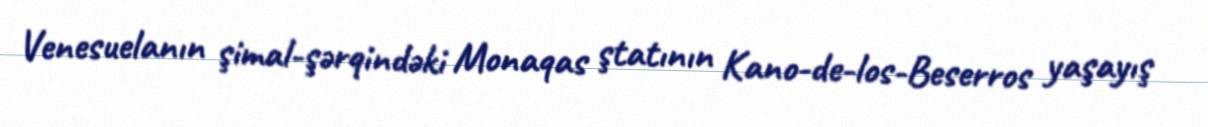
Venesuelanın şimal-şərqindəki Monaqas ştatının Kano-de-los-Beserros yaşayış